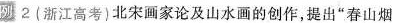
例2(浙江高考)北宋画家论及山水画的创作，提出”春山烟